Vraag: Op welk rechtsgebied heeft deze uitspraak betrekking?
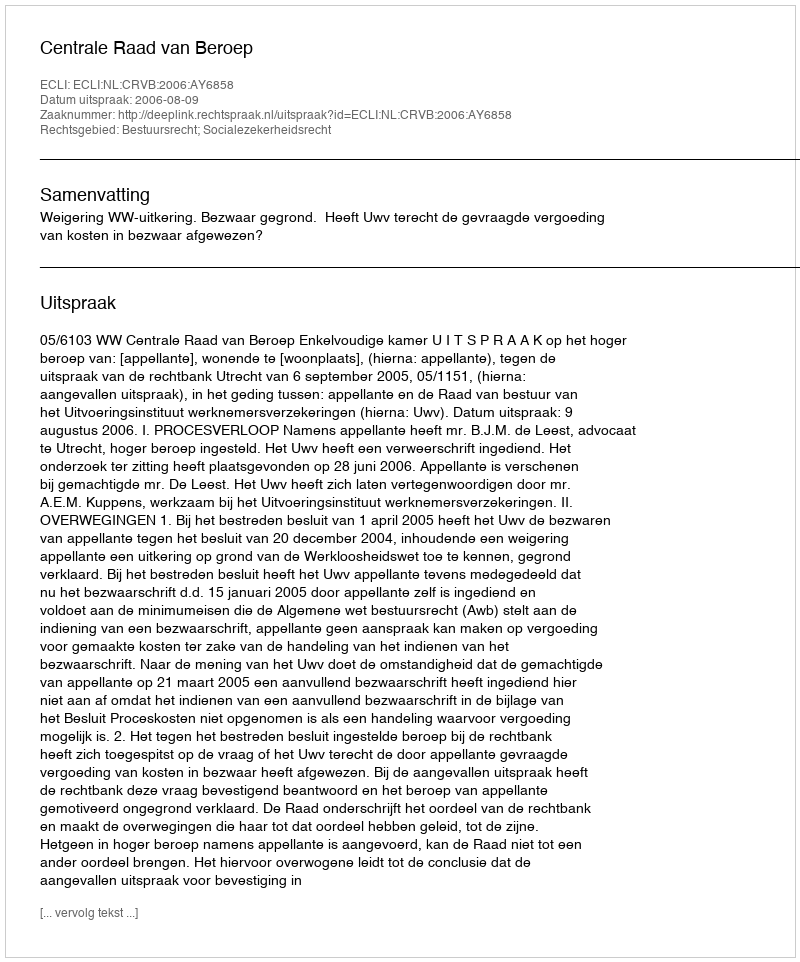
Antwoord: Bestuursrecht; Socialezekerheidsrecht